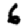
Digit: 6